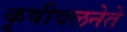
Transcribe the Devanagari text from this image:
कृषीवलनेते